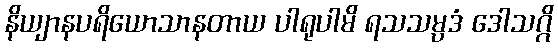
နိယျာနပရိယောသာနတာယ ပါရုပါမိ ရသသမ္ပဒံ ဒေါသဂ္ဂိ